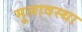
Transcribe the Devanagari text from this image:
मूलावस्था